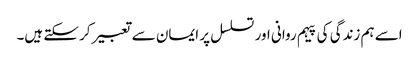
اسے ہم زندگی کی پیہم روانی اور تسلسل پر ایمان سے تعبیر کر سکتے ہیں۔